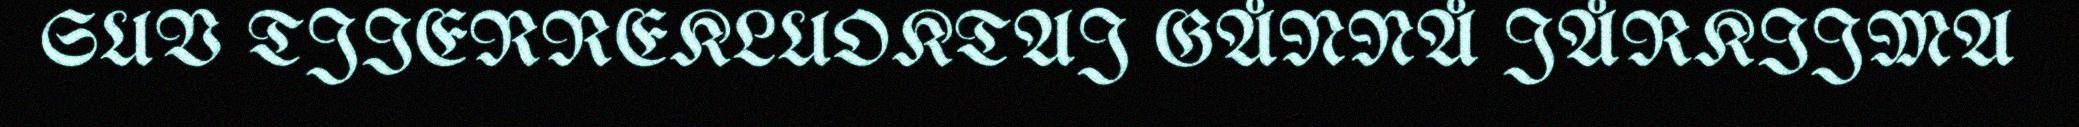
SUV TJIERREKLUOKTAJ GÅNNÅ JÅRKIJMA